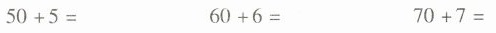
$$5 0 + 5 =$$ $$6 0 + 6 =$$ $$7 0 + 7 =$$